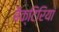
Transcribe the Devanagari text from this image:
बैक्टिरियां